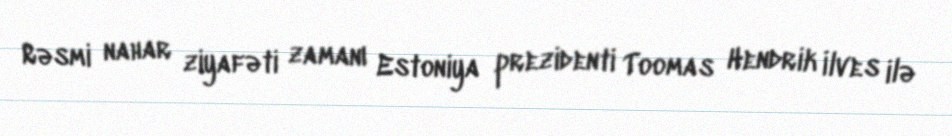
Rəsmi nahar ziyafəti zamanı Estoniya prezidenti Toomas Hendrik İlves ilə